King Institute of Preventive Medicine Micro-Biological Section reports 1912-19
Year: 1912
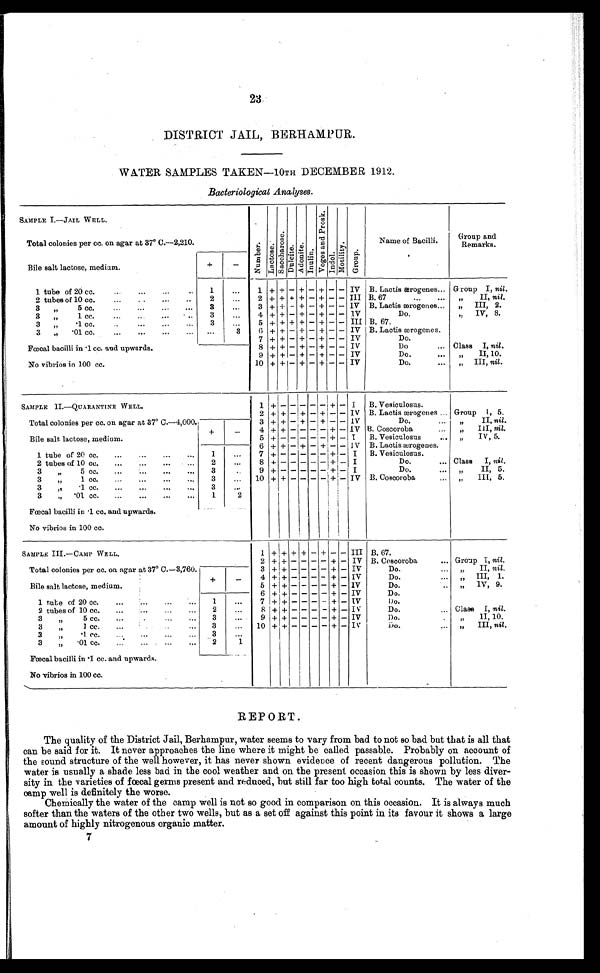
23
DISTRICT JAIL, BERHAMPUR.
WATER SAMPLES TAKEN—10TH DECEMBER 1912.
Bacteriological Analyses.
SAMPLE I.—JAIL WELL.
N u m b e r .
L a c t o s e .
S a c c h a r o s e .
D u l c i t e .
A d o n i t e .
I n u l i n e .
V o g e s a n d p r o s k .
Indol.
M o t i l i t y .
G r o u p .
Name of Bacilli.
Group and
Remarks.
Total colonies per cc. on agar at 37° C.—2,210.
Bile salt lactose, medium.
+
-
1 tube of 20 cc. . . .
1
. . .
1 + + - + - + -
-
I V
B. Lactis ærogenes. . . Group I, nil.
2 tubes of 10 cc. . . .
2
. . .
2
+ + + +
- + -
- III B. 67 . . .
" I I ,
n i l .
3 " 5 cc. . . .
3
. . .
3
+ + - +
- + -
- IV B. Lactis ærogenes. . .
" III, 2.
3 " 1 cc. . . .
3
. . .
4
+ + - + - + -
- IV
Do.
" IV, 8.
3".1cc. . . .
3
. . .
5 + + + +
- + -
- III B. 67.
3 " . 0 1 c c . . . .
. . .
3
6 + + - +
- + -
- IV B. Lactis ærogenes.
Fœcal bacilli in .1 cc. and upwards.
7 + + - + - + -
- IV
Do. . . .
8 + + - + - + -
- IV
Do. . . .
Class I, nil.
9
+ + - + - + -
- IV
Do. . . .
" I I , 1 0 .
No vibrios in 100 cc.
10 + + - +
- + -
- IV
Do. . . .
" I I I ,
n i l .
SAMPLE 1I.—QUARANTINE WELL.
1 + -
- - - - +
- I
B. Vesiculosus.
2
+ +
- + - + -
- IV B. Lactis ærogenes . . . Group 1, 5.
Total colonies per cc. on agar at 37° C.—4,000.
3 + +
- + - + -
- IV
Do. . . .
" I I ,
n i l .
Bile salt lactose, medium.
+
-
4 + +
- - - - +
- IV B. Coscoroba . . .
" I I I ,
n i l .
5
+ -
- - - - +
- I
B. Vesiculosus . . .
" IV, 5.
1 tube of 20 cc. . . .
1
. . .
6 + +
- + - + -
- IV B. Lactis ærogenes.
7
+ -
- - - - +
- I
B. Vesiculosus.
2 tubes of 10 cc. . . .
2
. . .
8
+ -
- - - - +
- I
Do. . . .
Class I, ni l .
3 " 5 cc. . . .
3
. . .
9
+ -
- - - - +
- I
Do. . . .
" I I , 5 .
3 " 1 c c . . . .
3
. . .
10 + +
- - - - + - IV B. Coscoroba . . .
" I I I , 5 .
3 " .1 cc. . . .
3
. . .
3 " .01 cc. . . .
1
2
Fœcal bacilli in .1 cc. and upwards.
No vibrios in 100 cc.
SAMPLE III.—CAMP WELL.
1
+ + + + - + -
- III B. 67.
Total colonies per cc. on agar at 37° C.—3,760.
2 + + - - - - +
- IV B. Coscoroba . . . Group I, nil.
3
+ + - - - - +
- IV
D o . . . .
" I I ,
n i l .
Bile salt lactose, medium.
+
-
4
+ + - - - - +
- IV
Do. . . . " III, 1.
5
+ + - - - - +
- IV
Do. . . . " IV, 9.
1 tube of 20 cc. . . .
1
. . .
6
+ + - - - - +
- IV
Do.
7
+ + - - - - +
- IV
D o .
2 tubes of 10 cc. . . .
2
. . .
8 + + - - - - +
- I V
Do. . . . Class I, nil.
3 " 5 cc. . . .
3
. . .
9 + +
- - - - +
- IV
Do. . . .
" II, 10.
3 " 1 cc. . . .
3
. . .
10 + + - - - - + - IV
D o . . . . " III, nil.
3 " .1 cc. . . .
3
. . .
3 " .01 cc. . . .
2
1
Fœcal bacilli in .1 cc. and upwards.
No vibrios in 100 cc.
REPORT.
The quality of the District Jail, Berhampur, water seems to vary from bad to not so bad but that is all that
can be said for it. It never approaches the line where it might be called passable. Probably on account of
the sound structure of the well however, it has never shown evidence of recent dangerous pollution. The
water is usually a shade less bad in the cool weather and on the present occasion this is shown by less diver
- s i t y i n t h e v a r i e t i e s o f f œ c a l g e r m s p r e s e n t a n d r e d u c e d , b u t s t i l l f a r t o o h i g h t o t a l c o u n t s . T h e w a t e r o f t h e
camp well is definitely the worse.
Chemically the water of the camp well is not so good in comparison on this occasion. It is always much
softer than the waters of the other two wells, but as a set off against this point in its favour it shows a large
amount of highly nitrogenous organic matter.
7